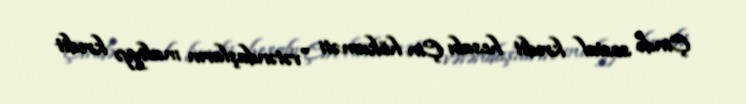
Çində sosial kredit hesabı Çin hökuməti "vətəndaşların maliyyə kredit